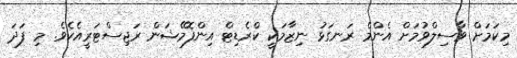
މިކަމަށް ވާސިލްވުމަށް އެންމެ ރަނގަޅު ނިޒާމަކީ ކްރެޑިޓް އިންފޮމޭޝަން ރަޖިސްޓަރީއެކެވެ. މި ފަދަ